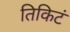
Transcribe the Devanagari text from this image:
तिकिटं